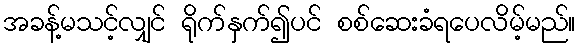
အခန့်မသင့်လျှင် ရိုက်နှက်၍ပင် စစ်ဆေးခံရပေလိမ့်မည်။